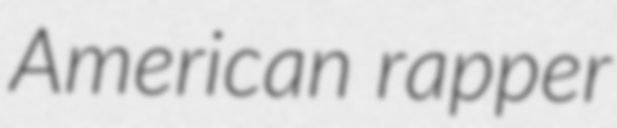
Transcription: American rapper